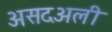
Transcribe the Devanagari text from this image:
असदअली